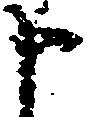
申